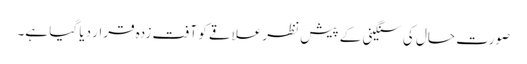
صورت حال کی سنگینی کے پیش نظرعلاقے کو آفت زدہ قرار دیا گیا ہے۔